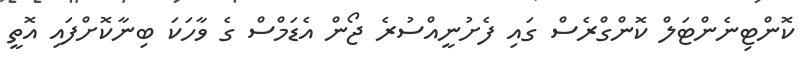
ކޮންޓިނެންޓަލް ކޮންގްރެސް ގައި ފެށުނީއްސުރެ ޖޯން އެޑަމްސް ގެ ވާހަކަ ބިނާކޮށްފައި އޮތީ